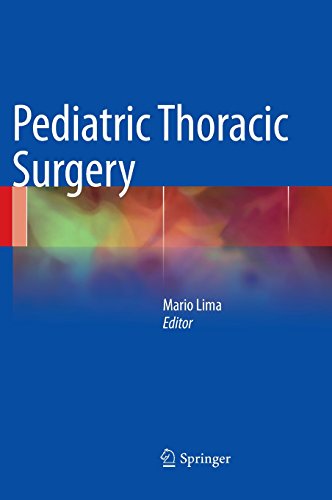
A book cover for Pediatric Thoracic Surgery; Medical Books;